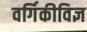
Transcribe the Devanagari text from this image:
वर्गिकीविज्ञ